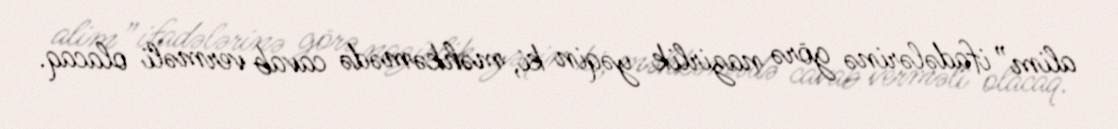
alim” ifadələrinə görə nazirlik yəqin ki, məhkəmədə cavab verməli olacaq.